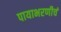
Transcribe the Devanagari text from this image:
पायाभरणीचं